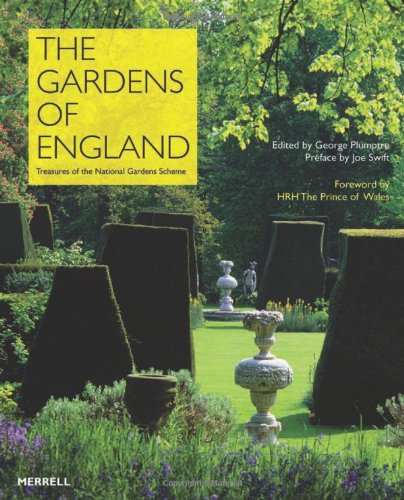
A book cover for The Gardens of England: Treasures of the National Gardens Scheme; George Plumptre; Crafts, Hobbies & Home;